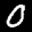
Label: 0